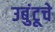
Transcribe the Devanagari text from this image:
उबुंटूचे